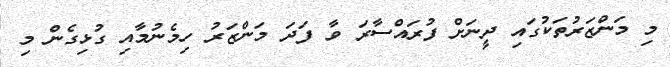
މި މަންޒަރުތަކުގައި ދީނަށް ފުރައްސާރަ ވާ ފަދަ މަންޒަރު ހިމެނުމާއި ގުޅިގެން މި